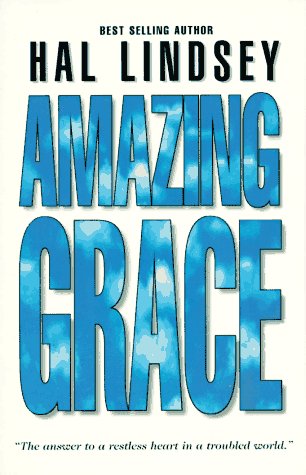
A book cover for Amazing Grace; Hal Lindsey; Christian Books & Bibles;